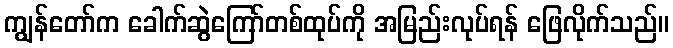
ကျွန်တော်က ခေါက်ဆွဲကြော်တစ်ထုပ်ကို အမြည်းလုပ်ရန် ဖြေလိုက်သည်။